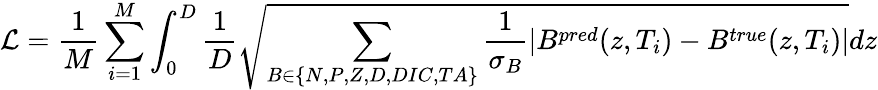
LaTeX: \mathcal{L}=\frac{1}{M}\sum_{i=1}^{M}\int_{0}^{D}\frac{1}{D}\sqrt{\sum_{B\in\{ N,P,Z,D,DIC,TA\} }\frac{1}{\sigma_{B}}|B^{pred}(z,T_{i})-B^{true}(z,T_{i})|}dz